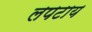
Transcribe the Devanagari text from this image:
लपटाय